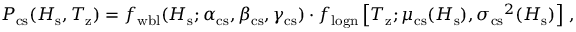
\begin{array} { r } { P _ { \mathrm { c s } } ( H _ { \mathrm { s } } , T _ { \mathrm { z } } ) = f _ { \mathrm { w b l } } ( H _ { \mathrm { s } } ; \alpha _ { \mathrm { c s } } , \beta _ { \mathrm { c s } } , \gamma _ { \mathrm { c s } } ) \cdot f _ { \mathrm { l o g n } } \left[ T _ { \mathrm { z } } ; \mu _ { \mathrm { c s } } ( H _ { \mathrm { s } } ) , { \sigma _ { \mathrm { c s } } } ^ { 2 } ( H _ { \mathrm { s } } ) \right] \, , } \end{array}